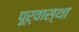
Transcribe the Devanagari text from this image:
पूर्वास्था